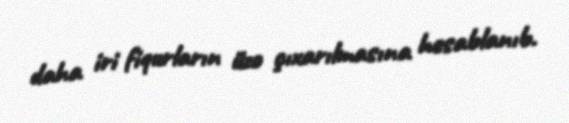
daha iri fiqurların üzə çıxarılmasına hesablanıb.